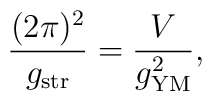
\frac{(2\pi)^2}{g_{\rm str}}=\frac{V}{g_{\rm YM}^2},